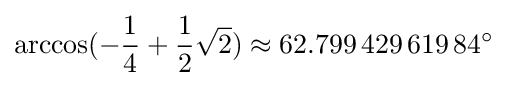
\arccos(-{\frac {1}{4}}+{\frac {1}{2}}{\sqrt {2}})\approx 62.799\,429\,619\,84^{\circ }